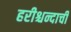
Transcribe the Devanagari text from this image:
हरीश्चन्दाची